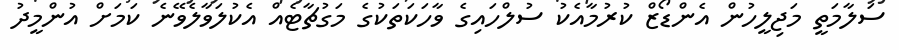
ސަލާމަތީ މަޖިލީހުން އެންޑޯޒް ކުރުމާއެކު ސުލްހައިގެ ވާހަކަތަކުގެ މަގުޗާޓެއް އެކުލަވާލެވޭނެ ކަމަށް އުންމީދު